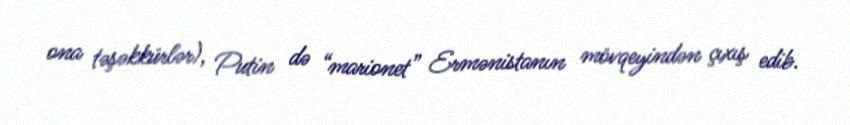
ona təşəkkürlər), Putin də “marionet” Ermənistanın mövqeyindən çıxış edib.